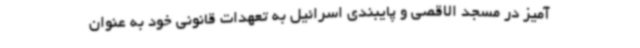
آمیز در مسجد الاقصی و پایبندی اسرائیل به تعهدات قانونی خود به عنوان